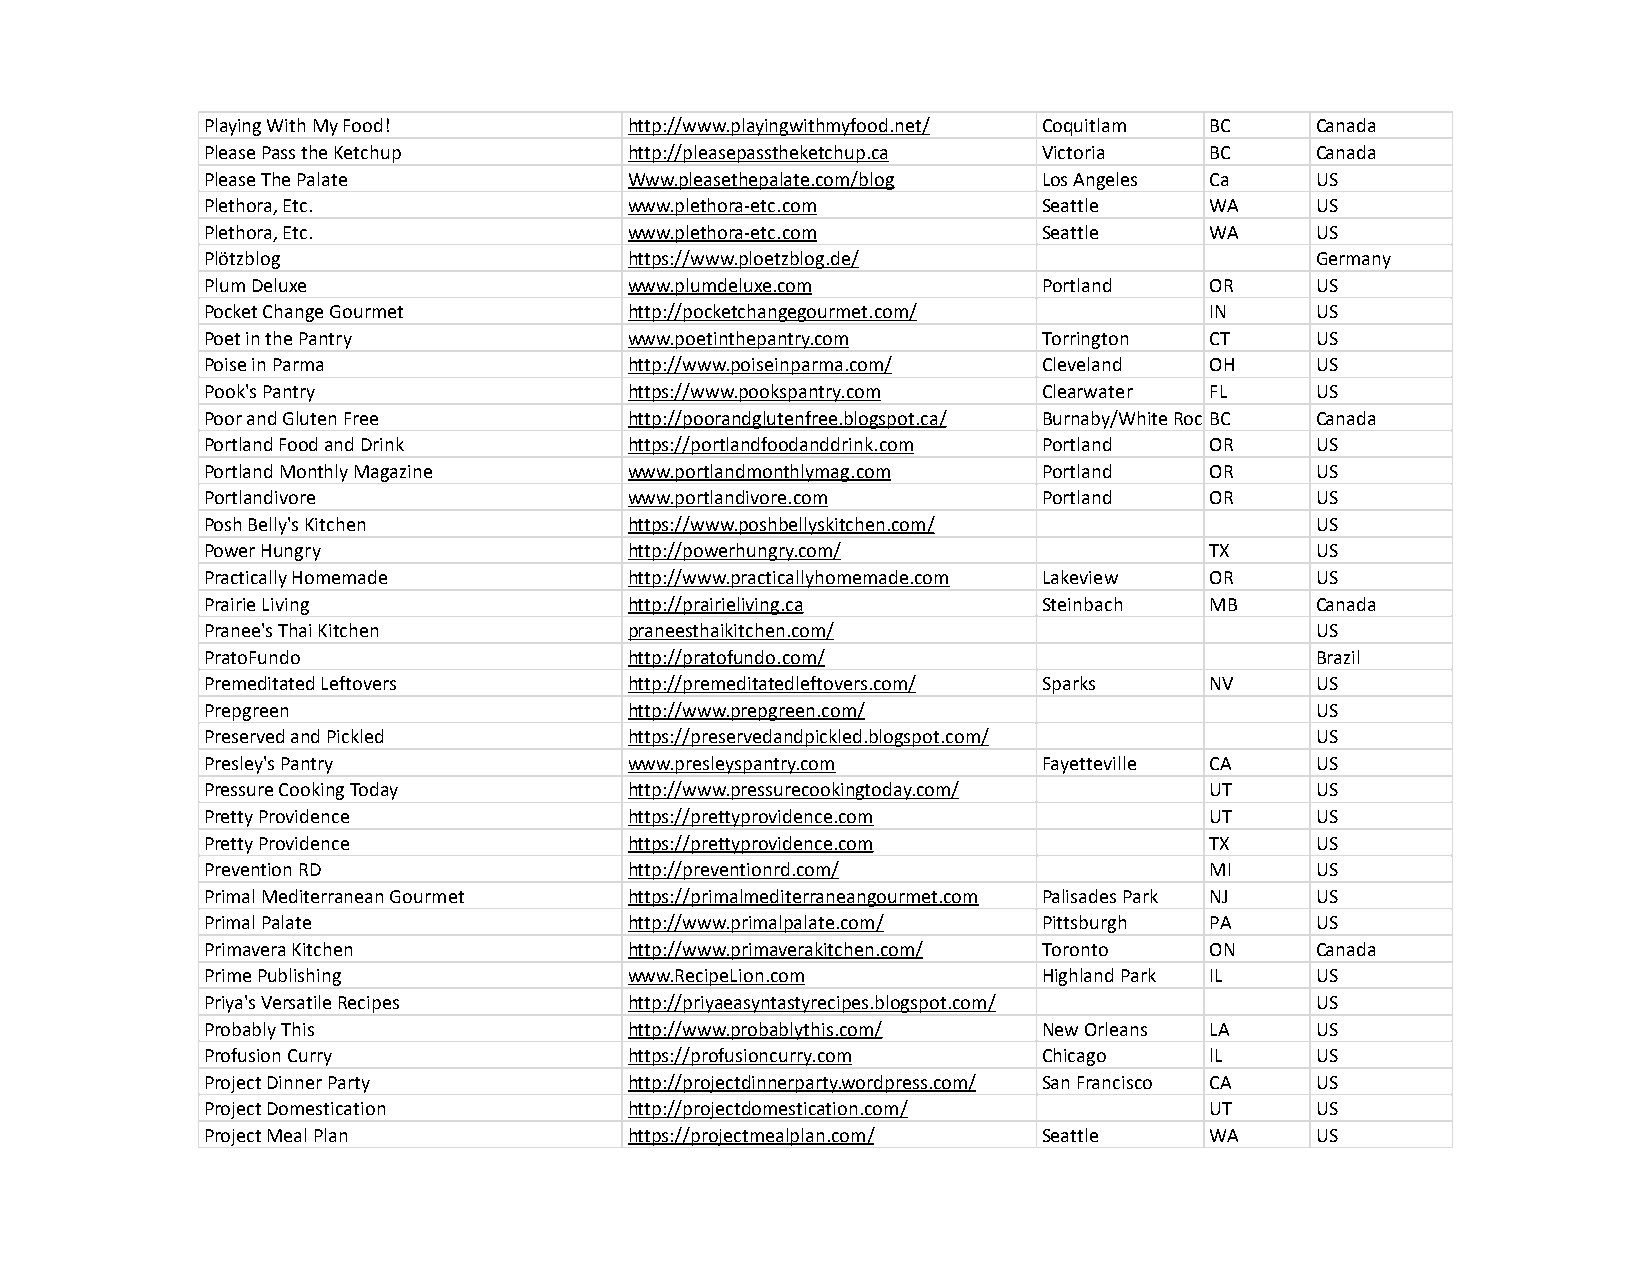
Playing With My Food!       http://www.playingwithmyfood.net/ Coquitlam BC Canada
 Please Pass the Ketchup     http://pleasepasstheketchup.ca Victoria BC   Canada
 Please The Palate           Www.pleasethepalate.com/blog Los Angeles Ca  US
 Plethora, Etc.              www.plethora-etc.com       Seattle    WA     US
 Plethora, Etc.              www.plethora-etc.com       Seattle    WA     US
 Plötzblog                   https://www.ploetzblog.de/                   Germany
 Plum Deluxe                 www.plumdeluxe.com         Portland   OR     US
 Pocket Change Gourmet       http://pocketchangegourmet.com/       IN     US
 Poet in the Pantry          www.poetinthepantry.com    Torrington CT     US
 Poise in Parma              http://www.poiseinparma.com/ Cleveland OH    US
 Pook's Pantry               https://www.pookspantry.com Clearwater FL    US
 Poor and Gluten Free        http://poorandglutenfree.blogspot.ca/ Burnaby/White RockBC Canada
 Portland Food and Drink     https://portlandfoodanddrink.com Portland OR US
 Portland Monthly Magazine   www.portlandmonthlymag.com Portland   OR     US
 Portlandivore               www.portlandivore.com      Portland   OR     US
 Posh Belly's Kitchen        https://www.poshbellyskitchen.com/           US
 Power Hungry                http://powerhungry.com/               TX     US
 Practically Homemade        http://www.practicallyhomemade.com Lakeview OR US
 Prairie Living              http://prairieliving.ca    Steinbach  MB     Canada
 Pranee's Thai Kitchen       praneesthaikitchen.com/                      US
 PratoFundo                  http://pratofundo.com/                       Brazil
 Premeditated Leftovers      http://premeditatedleftovers.com/ Sparks NV  US
 Prepgreen                   http://www.prepgreen.com/                    US
 Preserved and Pickled       https://preservedandpickled.blogspot.com/    US
 Presley's Pantry            www.presleyspantry.com     Fayetteville CA   US
 Pressure Cooking Today      http://www.pressurecookingtoday.com/  UT     US
 Pretty Providence           https://prettyprovidence.com          UT     US
 Pretty Providence           https://prettyprovidence.com          TX     US
 Prevention RD               http://preventionrd.com/              MI     US
 Primal Mediterranean Gourmet https://primalmediterraneangourmet.com Palisades Park NJ US
 Primal Palate               http://www.primalpalate.com/ Pittsburgh PA   US
 Primavera Kitchen           http://www.primaverakitchen.com/ Toronto ON  Canada
 Prime Publishing            www.RecipeLion.com         Highland Park IL  US
 Priya's Versatile Recipes   http://priyaeasyntastyrecipes.blogspot.com/  US
 Probably This               http://www.probablythis.com/ New Orleans LA  US
 Profusion Curry             https://profusioncurry.com Chicago    lL     US
 Project Dinner Party        http://projectdinnerparty.wordpress.com/ San Francisco CA US
 Project Domestication       http://projectdomestication.com/      UT     US
 Project Meal Plan           https://projectmealplan.com/ Seattle  WA     US